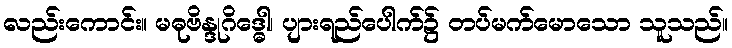
လည်းကောင်း။ မဓုဗိန္ဒုဂိဒ္ဓေါ၊ ပျားရည်ပေါက်၌ တပ်မက်မောသော သူသည်။